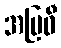
အဗြဝီ